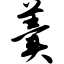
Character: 羹